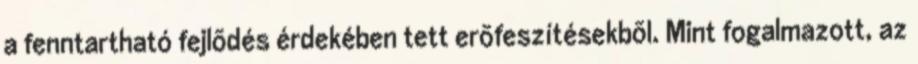
a fenntartható fejlõdés érdekében tett erõfeszítésekbõl. Mint fogalmazott, az